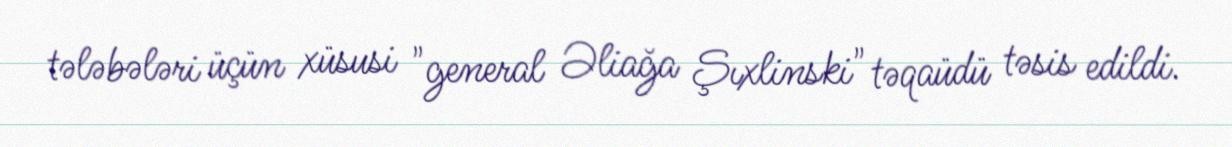
tələbələri üçün xüsusi "general Əliağa Şıxlinski" təqaüdü təsis edildi.